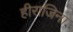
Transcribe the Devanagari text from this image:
हीराजिना